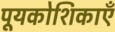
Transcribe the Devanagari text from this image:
पूयकोशिकाएँ